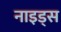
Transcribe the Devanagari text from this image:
नाइड्स